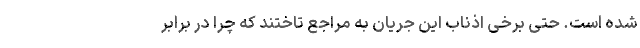
شده است. حتی برخی اذناب این جریان به مراجع تاختند که چرا در برابر